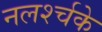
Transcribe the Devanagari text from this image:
नलर्श्चके